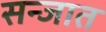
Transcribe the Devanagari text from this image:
सन्जात